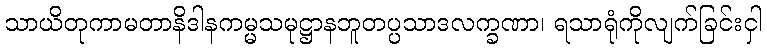
သာယိတုကာမတာနိဒါနကမ္မသမုဋ္ဌာနဘူတပ္ပသာဒလက္ခဏာ၊ ရသာရုံကိုလျက်ခြင်းငှါ